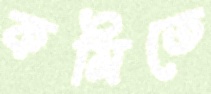
কমিতে